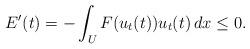
LaTeX: \begin{align*}E'(t) = -\int_U F(u_t(t)) u_t(t) \, dx \leq 0.\end{align*}